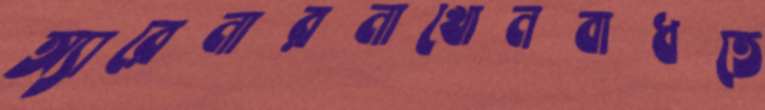
অ্যারেনারনাখোনবাধতে